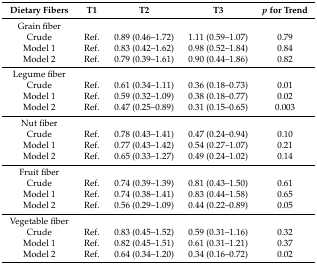
| Dietary Fibers | T1 | T2 | T3 | p for Trend |
 | --- | --- | --- | --- | --- |
 | Grain fiber |  |  |  |  |
 | Crude | Ref. | 0.89 (0.46–1.72) | 1.11 (0.59–1.07) | 0.79 |
 | Model 1 | Ref. | 0.83 (0.42–1.62) | 0.98 (0.52–1.84) | 0.84 |
 | Model 2 | Ref. | 0.79 (0.39–1.61) | 0.90 (0.44–1.86) | 0.82 |
 | Legume fiber |  |  |  |  |
 | Crude | Ref. | 0.61 (0.34–1.11) | 0.36 (0.18–0.73) | 0.01 |
 | Model 1 | Ref. | 0.59 (0.32–1.09) | 0.38 (0.18–0.77) | 0.02 |
 | Model 2 | Ref. | 0.47 (0.25–0.89) | 0.31 (0.15–0.65) | 0.003 |
 | Nut fiber |  |  |  |  |
 | Crude | Ref. | 0.78 (0.43–1.41) | 0.47 (0.24–0.94) | 0.10 |
 | Model 1 | Ref. | 0.77 (0.43–1.42) | 0.54 (0.27–1.07) | 0.21 |
 | Model 2 | Ref. | 0.65 (0.33–1.27) | 0.49 (0.24–1.02) | 0.14 |
 | Fruit fiber |  |  |  |  |
 | Crude | Ref. | 0.74 (0.39–1.39) | 0.81 (0.43–1.50) | 0.61 |
 | Model 1 | Ref. | 0.74 (0.38–1.41) | 0.83 (0.44–1.58) | 0.65 |
 | Model 2 | Ref. | 0.56 (0.29–1.09) | 0.44 (0.22–0.89) | 0.05 |
 | Vegetable fiber |  |  |  |  |
 | Crude | Ref. | 0.83 (0.45–1.52) | 0.59 (0.31–1.16) | 0.32 |
 | Model 1 | Ref. | 0.82 (0.45–1.51) | 0.61 (0.31–1.21) | 0.37 |
 | Model 2 | Ref. | 0.64 (0.34–1.20) | 0.34 (0.16–0.72) | 0.02 |